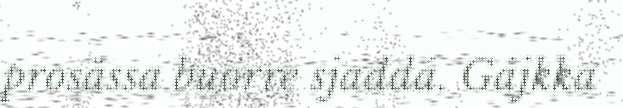
prosässa buorre sjaddá. Gájkka